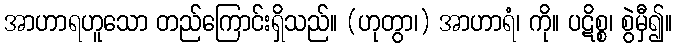
အာဟာရဟူသော တည်ကြောင်းရှိသည်။ (ဟုတွာ၊) အာဟာရံ၊ ကို။ ပဋိစ္စ၊ စွဲမှီ၍။